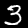
Digit: 3